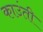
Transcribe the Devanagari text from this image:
काउंती